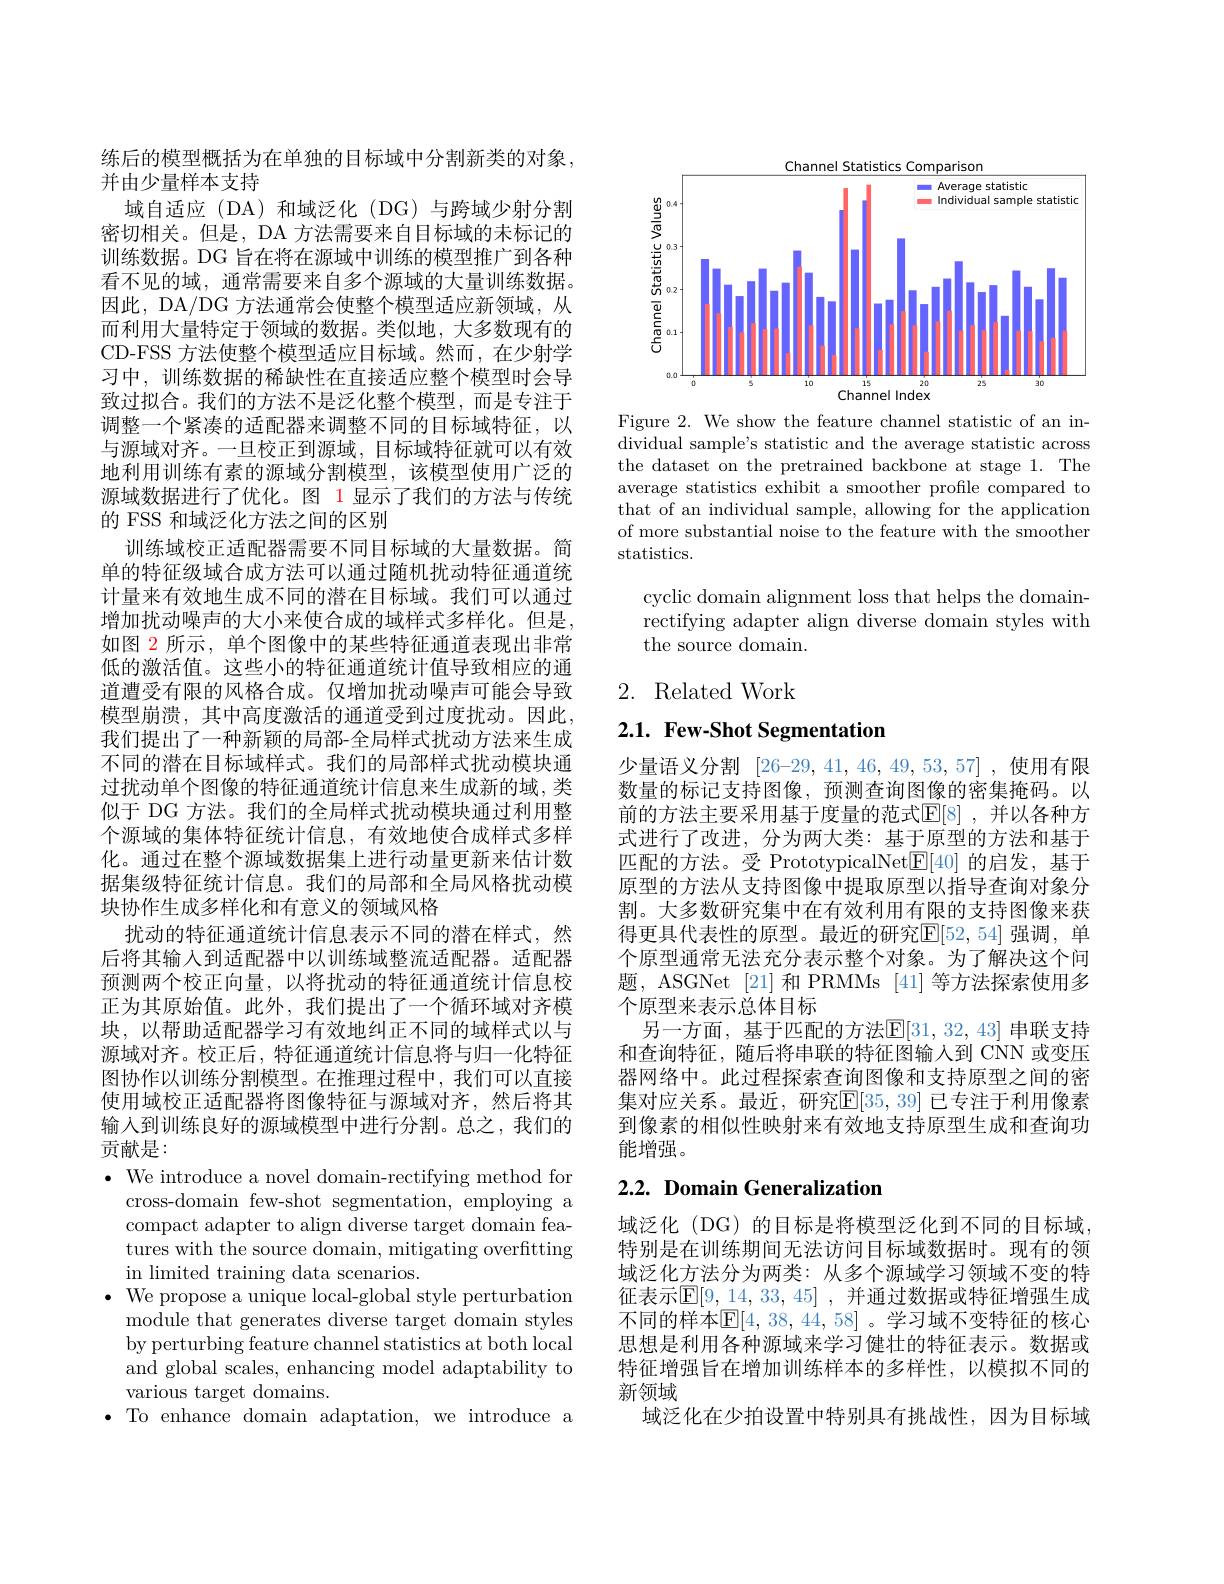
练后的模型概括为在单独的目标域中分割新类的对象，
并由少量样本支持
域自适应(DA)和域泛化(DG)与跨域少射分割密切相关。但是，DA 方法需要来自目标域的未标记的训练数据。DG 旨在将在源域中训练的模型推广到各种看不见的域，通常需要来自多个源域的大量训练数据。因此，DA/DG 方法通常会使整个模型适应新领域，从而利用大量特定于领域的数据。类似地，大多数现有的CD-FSS 方法使整个模型适应目标域。然而，在少射学习中，训练数据的稀缺性在直接适应整个模型时会导致过拟合。我们的方法不是泛化整个模型，而是专注于调整一个紧凑的适配器来调整不同的目标域特征，以与源域对齐。一旦校正到源域，目标域特征就可以有效地利用训练有素的源域分割模型，该模型使用广泛的源域数据进行了优化。图 1 显示了我们的方法与传统的 FSS 和域泛化方法之间的区别
训练域校正适配器需要不同目标域的大量数据。简单的特征级域合成方法可以通过随机扰动特征通道统计量来有效地生成不同的潜在目标域。我们可以通过增加扰动噪声的大小来使合成的域样式多样化。但是， 如图 2 所示，单个图像中的某些特征通道表现出非常低的激活值。这些小的特征通道统计值导致相应的通道遭受有限的风格合成。仅增加扰动噪声可能会导致模型崩溃，其中高度激活的通道受到过度扰动。因此， 我们提出了一种新颖的局部-全局样式扰动方法来生成不同的潜在目标域样式。我们的局部样式扰动模块通过扰动单个图像的特征通道统计信息来生成新的域，类似于 DG 方法。我们的全局样式扰动模块通过利用整个源域的集体特征统计信息，有效地使合成样式多样化。通过在整个源域数据集上进行动量更新来估计数据集级特征统计信息。我们的局部和全局风格扰动模块协作生成多样化和有意义的领域风格
扰动的特征通道统计信息表示不同的潜在样式，然后将其输入到适配器中以训练域整流适配器。适配器预测两个校正向量，以将扰动的特征通道统计信息校正为其原始值。此外，我们提出了一个循环域对齐模块，以帮助适配器学习有效地纠正不同的域样式以与源域对齐。校正后，特征通道统计信息将与归一化特征图协作以训练分割模型。在推理过程中，我们可以直接使用域校正适配器将图像特征与源域对齐，然后将其输入到训练良好的源域模型中进行分割。总之，我们的贡献是：
$\cdot$ We introduce a novel domain-rectifying method for
cross-domain few-shot segmentation, employing a

compact adapter to align diverse target domain features with the source domain, mitigating overfitting in limited training data scenarios.
$\bullet$ We propose a unique local-global style perturbation
module that generates diverse target domain styles by perturbing feature channel statistics at both local and global scales, enhancing model adaptability to various target domains.
·To enhance domain adaptation, we introduce a

<FigureHere>

Figure 2. We show the feature channel statistic of an individual sample's statistic and the average statistic across the dataset on the pretrained backbone at stage 1. The average statistics exhibit a smoother profile compared to that of an individual sample, allowing for the application of more substantial noise to the feature with the smoother statistics.

cyclic domain alignment loss that helps the domainrectifying adapter align diverse domain styles with the source domain.

## 2. Related Work

2.1. Few-Shot Segmentation

少量语义分割 [26-29,41,46,49,53,57] ,使用有限数量的标记支持图像，预测查询图像的密集掩码。以前的方法主要采用基于度量的范式$\mathbb{E}[8]$ ,并以各种方式进行了改进，分为两大类：基于原型的方法和基于匹配的方法。受 PrototypicalNet$\underline{\mathrm{F}}[40]$的启发，基于原型的方法从支持图像中提取原型以指导查询对象分割。大多数研究集中在有效利用有限的支持图像来获得更具代表性的原型。最近的研究$\mathbb{E}[52,54]$ 强调，单个原型通常无法充分表示整个对象。为了解决这个问题，ASGNet [21] 和 PRMMs [41] 等方法探索使用多个原型来表示总体目标
另一方面，基于匹配的方法$\mathsf{E}[31,32,43]$ 串联支持和查询特征，随后将串联的特征图输入到 CNN 或变压器网络中。此过程探索查询图像和支持原型之间的密集对应关系。最近，研究$\mathbb{E}[35,39]$ 已专注于利用像素到像素的相似性映射来有效地支持原型生成和查询功能增强。

# 2.2. Domain Generalization

域泛化 (DG) 的目标是将模型泛化到不同的目标域， 特别是在训练期间无法访问目标域数据时。现有的领域泛化方法分为两类：从多个源域学习领域不变的特征表示$\mathbb{E} [ 9, 14, 33, 45]$ , 并通过数据或特征增强生成不同的样本$\mathbb{E}[4,38,44,58]$。学习域不变特征的核心思想是利用各种源域来学习健壮的特征表示。数据或特征增强旨在增加训练样本的多样性，以模拟不同的新领域
域泛化在少拍设置中特别具有挑战性，因为目标域